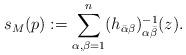
LaTeX: \begin{align*}s_M(p):=\sum_{\alpha,\beta=1}^n (h_{\bar{\alpha}{\beta}})^{-1}_{\alpha\bar{\beta}}(z).\end{align*}